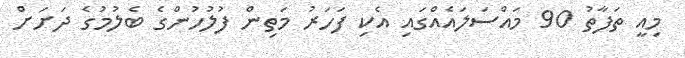
މިއީ ތަފާތު 90 މައްސަލައެއްގައި އެކި ފަހަރު މަތިން ފުލުހުންގެ ބެލުމުގެ ދަށަށް